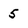
Character: 5